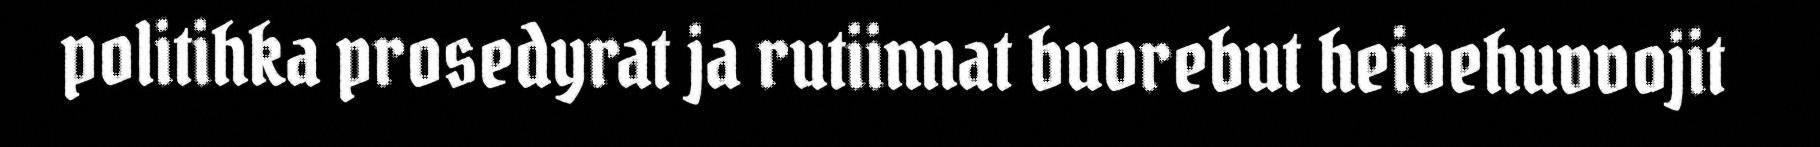
politihka prosedyrat ja rutiinnat buorebut heivehuvvojit